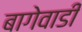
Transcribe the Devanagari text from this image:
बागेवाडी